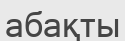
абақты